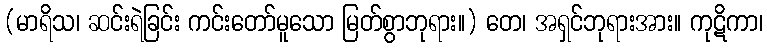
(မာရိသ၊ ဆင်းရဲခြင်း ကင်းတော်မူသော မြတ်စွာဘုရား။) တေ၊ အရှင်ဘုရားအား။ ကုဋိကာ၊